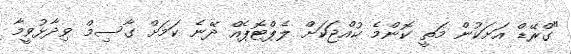
"ގްރޭޑް އަށަކުން މަތީ ކޮންމެ ކުއްޖަކަށް ލެޕްޓޮޕެއް ދޭނެ ކަމަށް ގާސިމް ވިދާޅުވީމާ